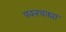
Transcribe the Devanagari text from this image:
पवनचक्या